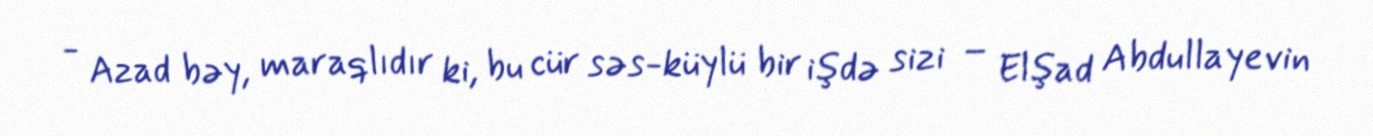
- Azad bəy, maraqlıdır ki, bu cür səs-küylü bir işdə sizi – Elşad Abdullayevin